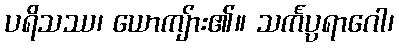
ပရိသဿ၊ ယောကျ်ား၏။ သင်္ကပ္ပရာဂေါ၊